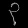
Digit: ၃